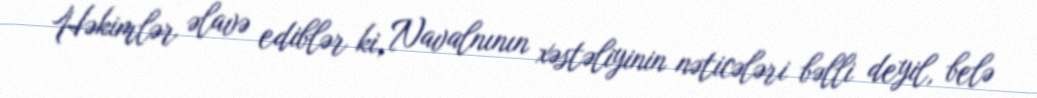
Həkimlər əlavə ediblər ki, Navalnının xəstəliyinin nəticələri bəlli deyil, belə